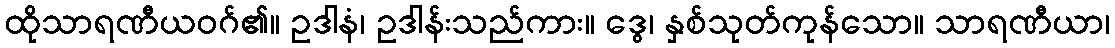
ထိုသာရဏီယဝဂ်၏။ ဥဒါနံ၊ ဥဒါန်းသည်ကား။ ဒွေ၊ နှစ်သုတ်ကုန်သော။ သာရဏီယာ၊